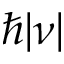
\hbar | \nu |